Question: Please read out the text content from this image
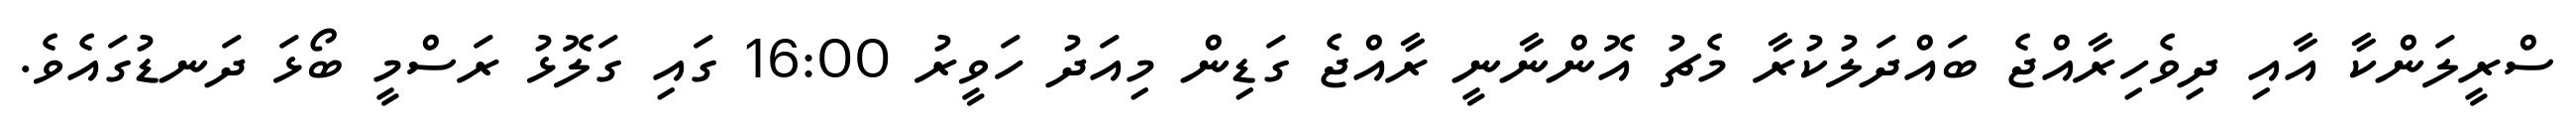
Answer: ސްރީލަންކާ އާއި ދިވެހިރާއްޖެ ބައްދަލުކުރާ މެޗު އޮންނާނީ ރާއްޖެ ގަޑިން މިއަދު ހަވީރު 16:00 ގައި ގަލޮޅު ރަސްމީ ބޯޅަ ދަނޑުގައެވެ.